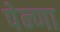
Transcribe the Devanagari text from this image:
पेन्णा